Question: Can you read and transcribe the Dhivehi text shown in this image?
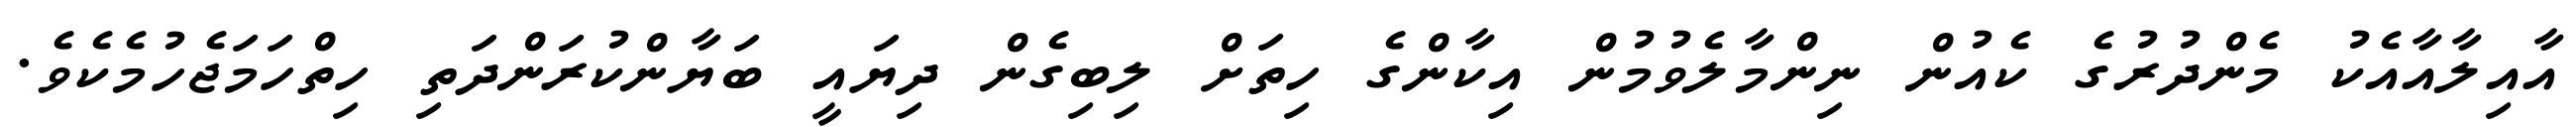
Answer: އާއިލާއާއެކު މެންދުރުގެ ކެއުން ނިންމާލެވުމުން އިކާންގެ ހިތަށް ލިބިގެން ދިޔައީ ބަޔާންކުރަންދަތި ހިތްހަމަޖެހުމެކެވެ.